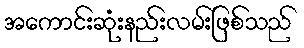
အကောင်းဆုံးနည်းလမ်းဖြစ်သည်